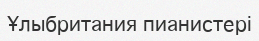
Ұлыбритания пианистері